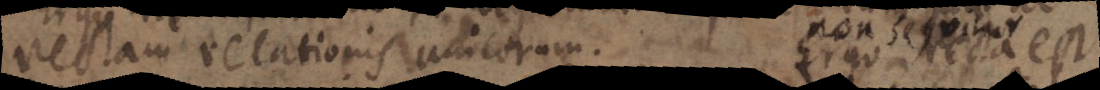
rectam relationis unicorum. Ergo recta est